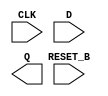
module sky130_fd_sc_hs__dfrtp (
    RESET_B,
    CLK    ,
    D      ,
    Q
);

    input  RESET_B;
    input  CLK    ;
    input  D      ;
    output Q      ;

    // Voltage supply signals
    supply1 VPWR;
    supply0 VGND;

endmodule